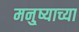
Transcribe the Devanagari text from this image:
मनु्ष्याच्या